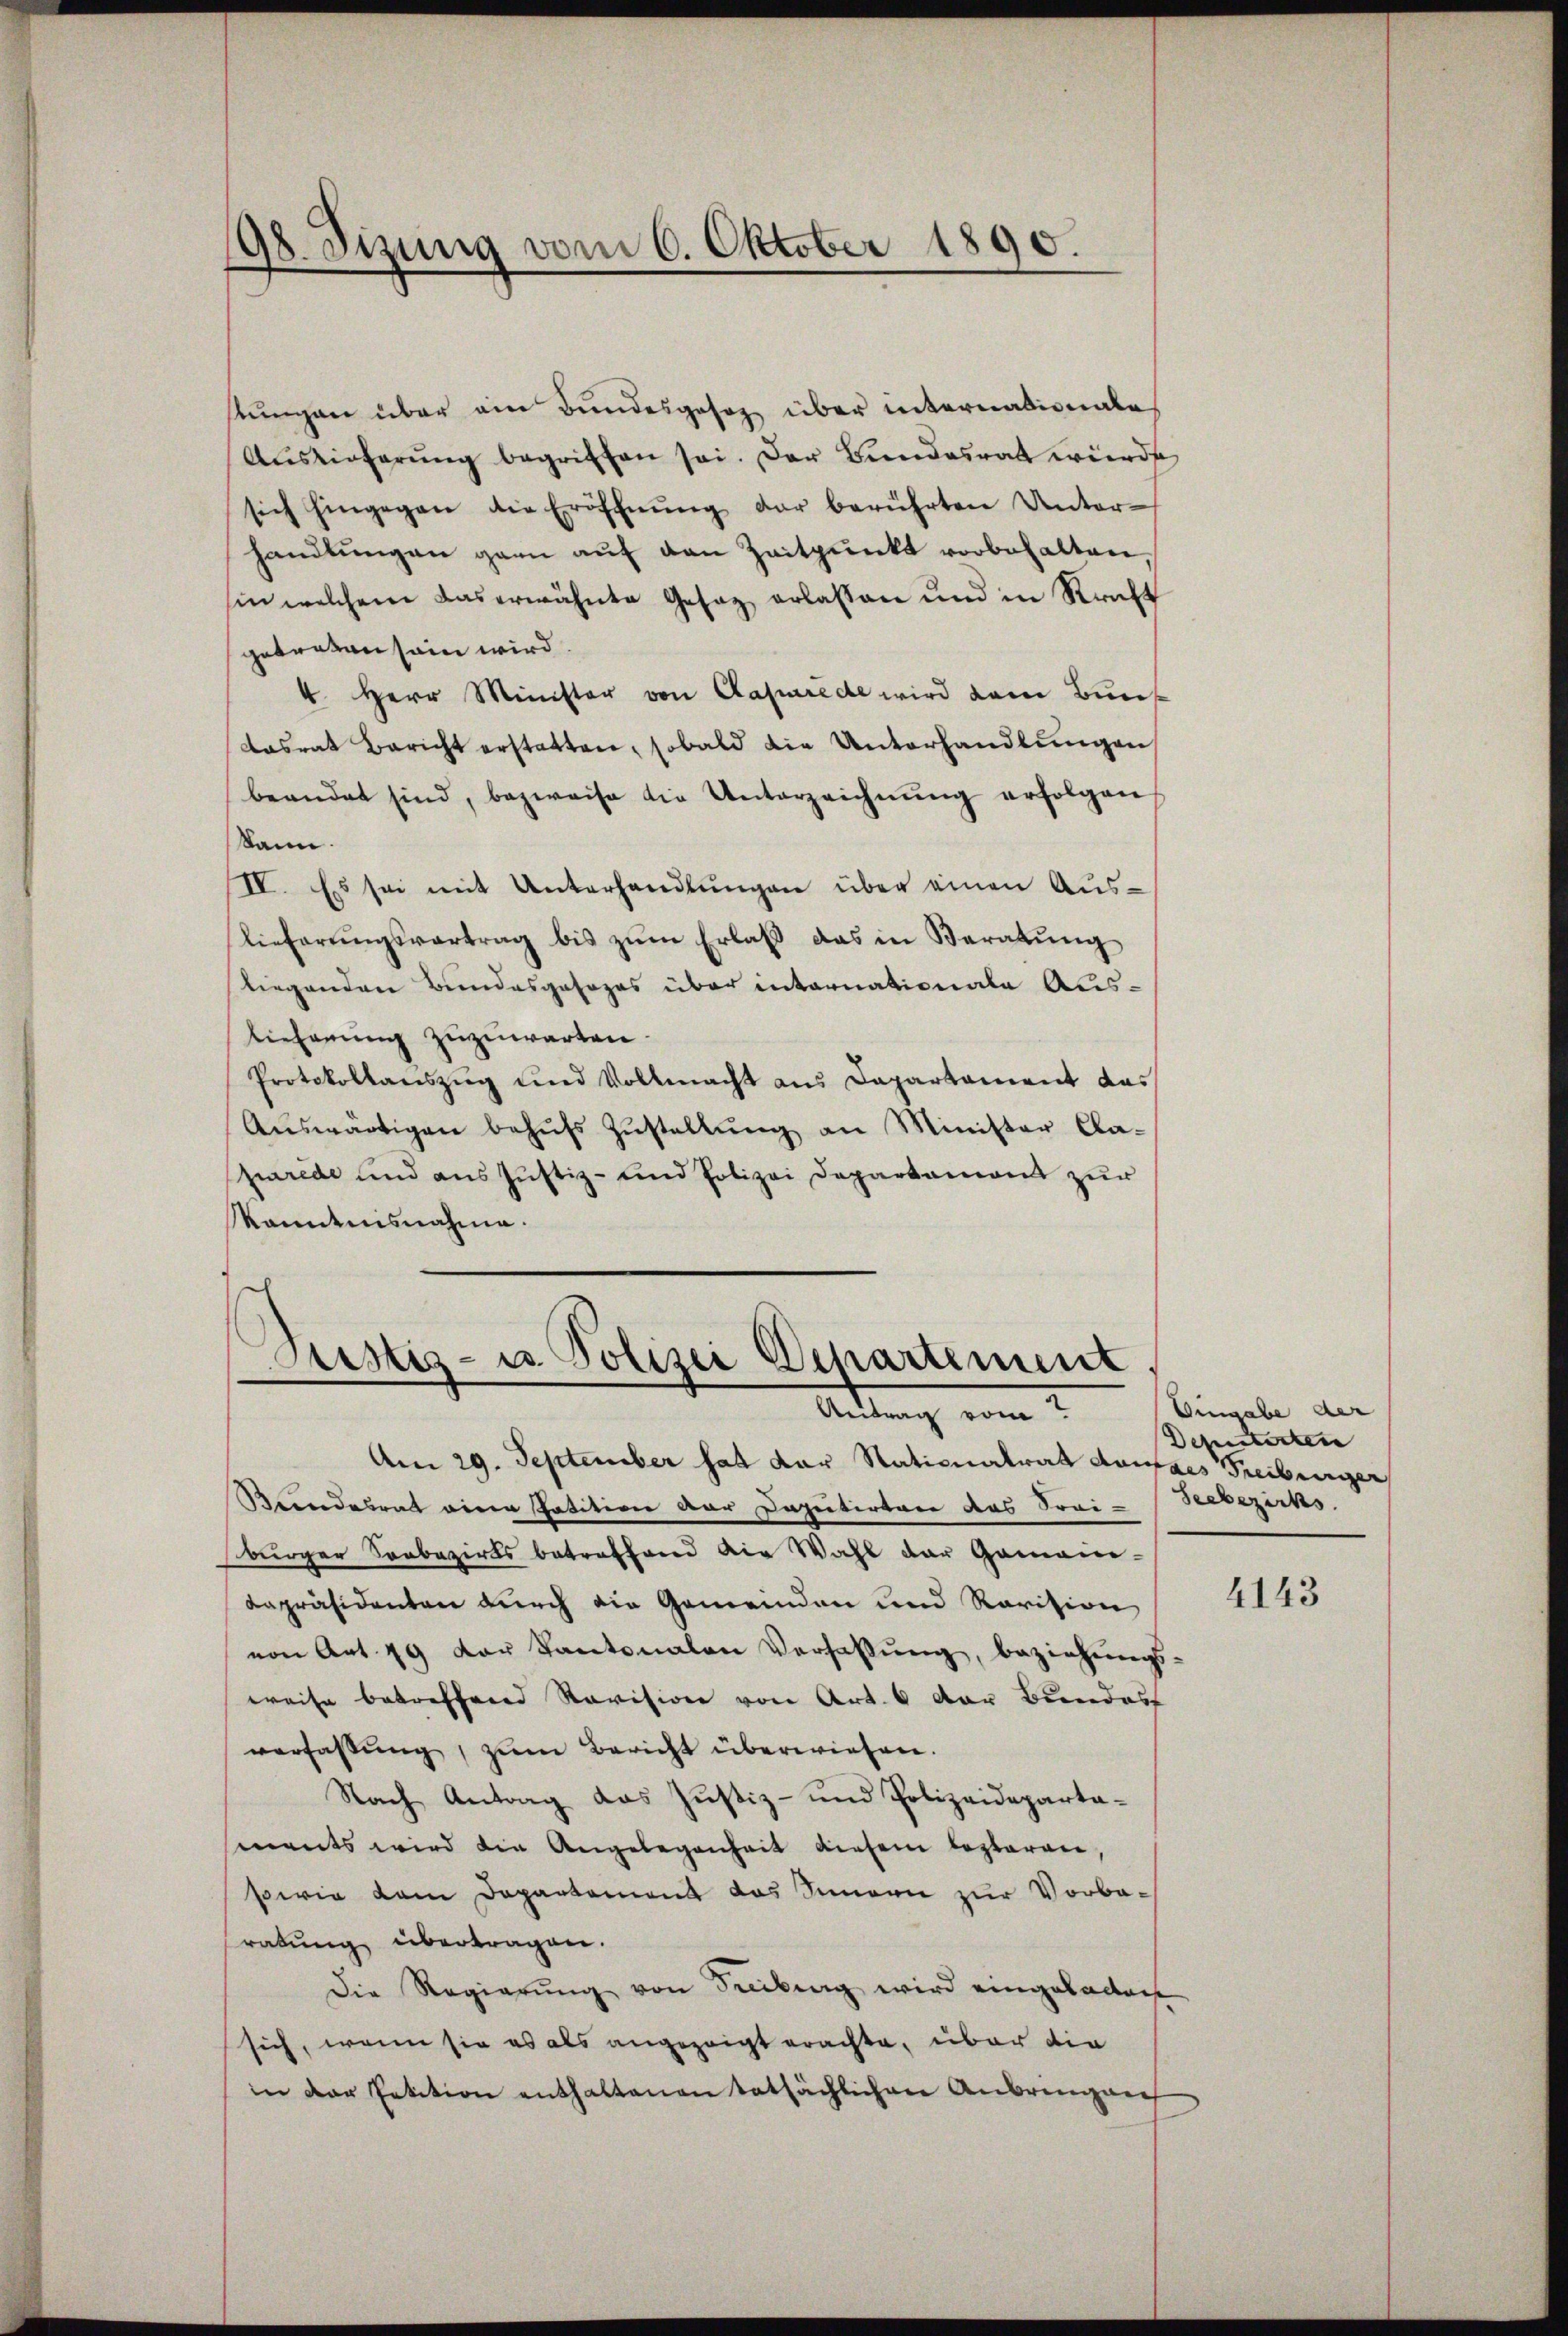
98. Sizung vom 6. Oktober 1890.

stungen über ein Bundesgesetz über internationale
Aŭslieferŭng begriffen sei. Der Bundesrat werde
sich hingegen die Eröffnŭng der berührten Unter-
handlŭngen garn aŭf den Zeitpunkt vorbehalten,
hin welchem das erwähnte Gesaz erlassen und in Kraft
getreten sein wird.
4. Herr Minister von Capurede wird dem Bunk
dasrat Bericht erstatten, sobald die Unterhandlŭngen
beandet sind, bezweife die Unterzeichnŭng erfolgen
kann.
IV. Es sei mit Unterhandlungen über einen Aus¬
Eiferŭngsvertrag bis zŭm Erlaβ das in Beratŭng
liegenden Bundesgesezes über internationale Auslieferung zuzuwarten.
Protokollanszug und Vollmacht aus Departament das
Aŭswärtigen behŭfs Zŭstellŭng an Minister Cla-
purede und aus Justiz- und Polizei Departament zur
Kanntnisnahme.

Sistiz- u Polizei Departement
Antrag vom

Am 29. September hat der Stationalrat damals Freiburger
Bundesrat einer Patition der Deputirtere das Frai- Seebezirks
burger Sonbezirks betreffend die Wahl der Gemaier-
depräsidenten durch die Gemeinden und Ravision
von Art. 49 der Kantonalen Verfassŭng, beziehŭngs-
weise betreffend Revision von Art. 6 der Bundes
verfassung, zŭm Bericht überwiesen.
Nach Antrag das Justiz- und Polizeidepartaments wird die Angelegenheit diesem lezteren
sowie dem Departement das Simern zur Vorberatung übertragen.
Die Regierŭng von Freibung wird eingeladen
sich, wenn sie es als angezeigt erachte, über die
in der Petition enthaltenen tatsächlichen Anbrengan

Eingabe der
Deputirten

4143